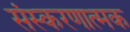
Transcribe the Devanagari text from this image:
संस्करणात्मक